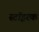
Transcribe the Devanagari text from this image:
स्टॉइरक